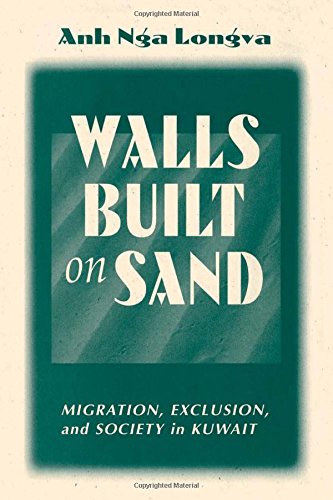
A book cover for Walls Built On Sand: Migration, Exclusion, And Society In Kuwait; Anh Nga Longva; History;